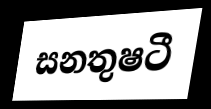
සනතුෂටී